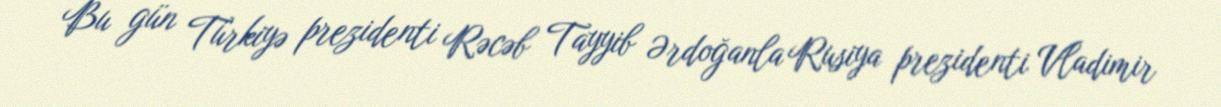
Bu gün Türkiyə prezidenti Rəcəb Tayyib Ərdoğanla Rusiya prezidenti Vladimir